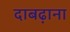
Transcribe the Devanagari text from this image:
दाबढ़ाना